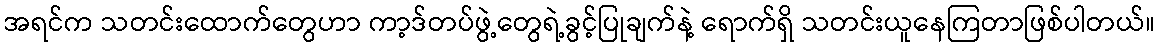
အရင်က သတင်းထောက်တွေဟာ ကာ့ဒ်တပ်ဖွဲ့တွေရဲ့ခွင့်ပြုချက်နဲ့ ရောက်ရှိ သတင်းယူနေကြတာဖြစ်ပါတယ်။